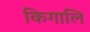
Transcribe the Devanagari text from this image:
किगालि